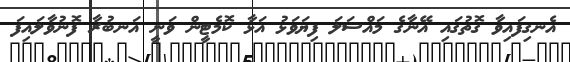
އެނގިފައިވާ ގޮތުގައި އޭނާގެ މައްސަލަ ފިޔަވަޅު އަޅާ ކޮމެޓީން ވަނީ އަނބުރާ ފޮނުވާލައިފަ